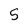
Character: 5